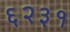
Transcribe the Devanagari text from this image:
६२३१